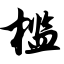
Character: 槛